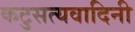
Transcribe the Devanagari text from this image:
कटुसत्यवादिनी